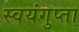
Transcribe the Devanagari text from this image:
स्वयंगुप्ता